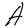
Character: A